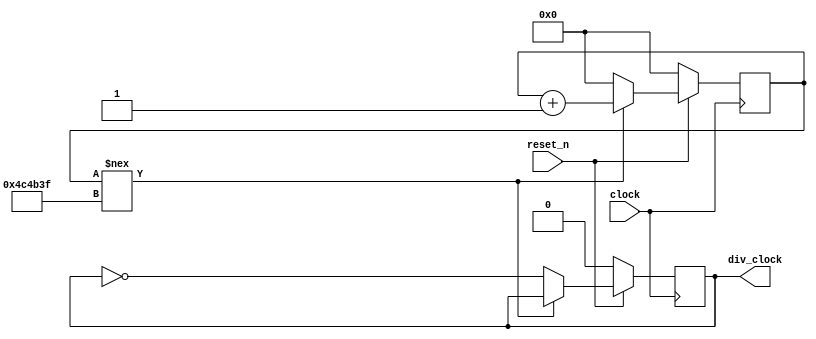
/* 
   ECEN 2350: Lab 2
   Module divides an inputted clock by 10 million.  
   When provided a 10 MHz clock, the output is 1 Hz. 
   Pulling reset_n to 0 will cause the clock & counter to reset to 0 on the falling edge
*/


module div10M_1(input clock,input reset_n, output reg div_clock);

reg [23:0] counter;

initial begin
     counter <= 24'b0;
     div_clock <= 1'b0;
end

always @(posedge clock)  //Detects for positive edge of clock 
begin
     if (~reset_n) begin //When reseting at a negative edge, divides the clock in half
          div_clock <= 1'b0;
          counter <= 24'b0;
     end
     else if(counter !== 4999999) begin
          // for a 10 Mhz clock, 1 tick = 100 ns. 
          //We need the state to change every half second to achieve a 1Hz signal
          // 1/2 second = 500 000 000 ns
          // 500 000 000 / 100 = 5 000 000 ticks
          // this counter counts from 0 to 4 999 999, which is 5 000 000 ticks.
          counter <= counter + 1; // keep counting up
     end
     else begin
          counter <= 0; // reset the counter
          div_clock <= ~div_clock; // flip the clock state
     end
end
endmodule